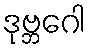
ဒုဗ္ဘဂေါ